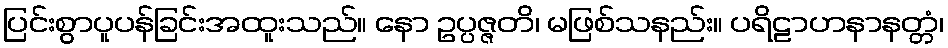
ပြင်းစွာပူပန်ခြင်းအထူးသည်။ နော ဥပ္ပဇ္ဇတိ၊ မဖြစ်သနည်း။ ပရိဠာဟနာနတ္တံ၊